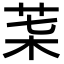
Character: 𦮇